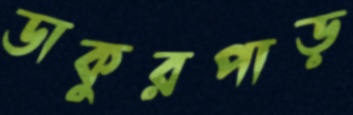
ডাকুরপাড়